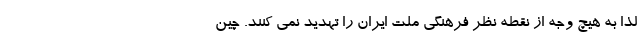
لذا به هیچ وجه از نقطه نظر فرهنگی ملت ایران را تهدید نمی کنند. چین